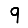
Digit: 9